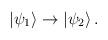
LaTeX: \begin{align*}|\psi_1\rangle \rightarrow |\psi_2\rangle\,.\end{align*}